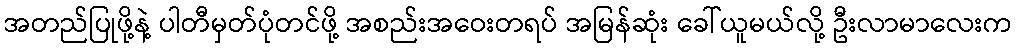
အတည်ပြုဖို့နဲ့ ပါတီမှတ်ပုံတင်ဖို့ အစည်းအဝေးတရပ် အမြန်ဆုံး ခေါ်ယူမယ်လို့ ဦးလာမာလေးက